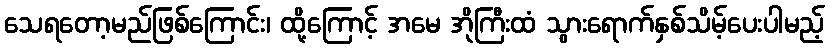
သေရတော့မည်ဖြစ်ကြောင်း၊ ထို့ကြောင့် အမေ အိုကြီးထံ သွားရောက်နှစ်သိမ့်ပေးပါမည့်